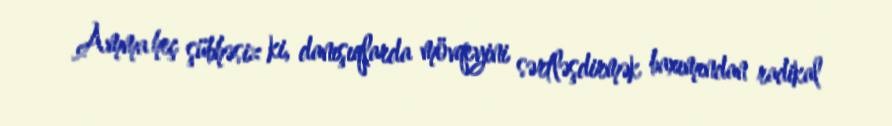
Amma heç şübhəsiz ki, danışıqlarda mövqeyini sərtləşdirmək baxımından radikal